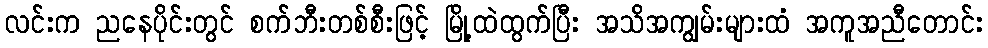
လင်းက ညနေပိုင်းတွင် စက်ဘီးတစ်စီးဖြင့် မြို့ထဲထွက်ပြီး အသိအကျွမ်းများထံ အကူအညီတောင်း